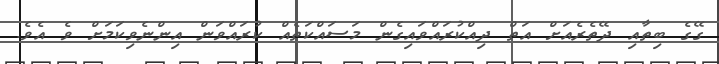
ގޭގެ ބިތާއި ދޭތެރެއަށް އަތް ދިއްކުރައްވައިގެން މަސައްކަތެއް ކުރައްވަން އިންނެވިކަމަށް ވެ އެވެ.